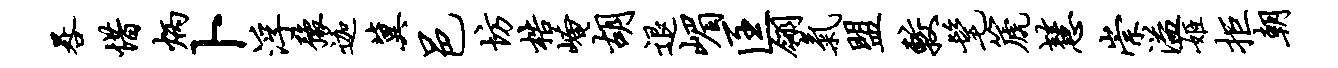
晷惜炳卜浮豫迦冀邑坊梏崦胡退嵋匡翎气盟较髦篪慧崇溢姬拒朝